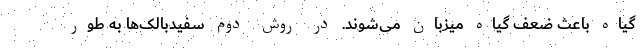
گیاه باعث ضعف گیاه میزبان می‌شوند. در روش دوم سفیدبالک‌ها به طور